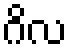
ဂိလ